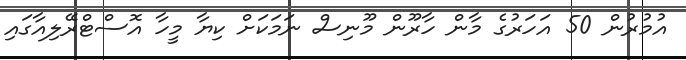
އުމުރުން 50 އަހަރުގެ މާން ހާރޫން މޫނިސް ނަމަކަށް ކިޔާ މީހާ އޮސްޓްރޭލިއާގައި